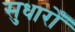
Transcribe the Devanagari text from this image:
सुधारोँ